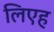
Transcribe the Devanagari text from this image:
लिएह